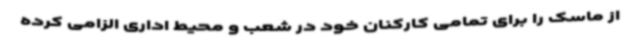
از ماسک را برای تمامی کارکنان خود در شعب و محیط اداری الزامی کرده